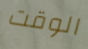
الوقت